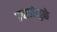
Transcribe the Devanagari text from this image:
प्रवाहांमुळे